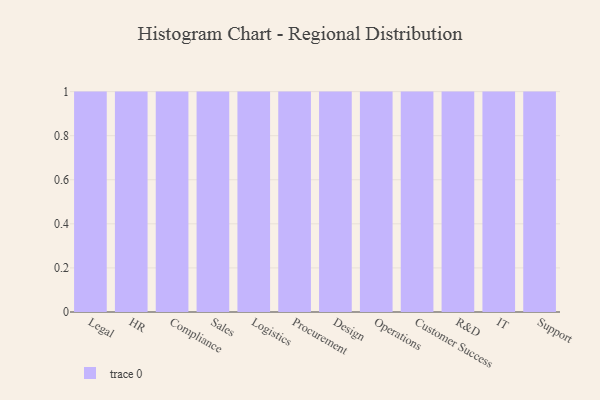
{"axis": {"x": "Department", "y": "Production Output"}, "legend": [""], "data": [{"x": "Legal", "y": 22, "type": ""}, {"x": "HR", "y": 40, "type": ""}, {"x": "Compliance", "y": 24, "type": ""}, {"x": "Sales", "y": 92, "type": ""}, {"x": "Logistics", "y": 68, "type": ""}, {"x": "Procurement", "y": 64, "type": ""}, {"x": "Design", "y": 57, "type": ""}, {"x": "Operations", "y": 49, "type": ""}, {"x": "Customer Success", "y": 80, "type": ""}, {"x": "R&D", "y": 1, "type": ""}, {"x": "IT", "y": 99, "type": ""}, {"x": "Support", "y": 7, "type": ""}]}